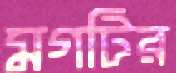
মগটির